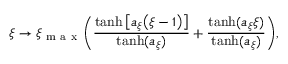
\xi \to \xi _ { \mathrm { ~ m ~ a ~ x ~ } } \bigg ( \frac { \operatorname { t a n h } \big [ a _ { \xi } \big ( \xi - 1 \big ) \big ] } { \operatorname { t a n h } ( a _ { \xi } ) } + \frac { \operatorname { t a n h } ( a _ { \xi } \xi ) } { \operatorname { t a n h } ( a _ { \xi } ) } \bigg ) ,